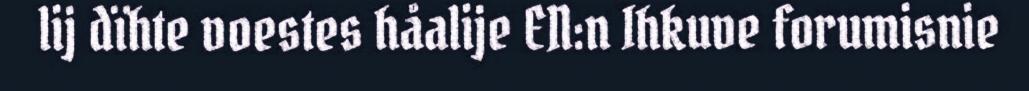
lij dïhte voestes håalije EN:n Ihkuve forumisnie